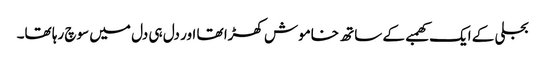
بجلی کے ایک کھمبے کے ساتھ خاموش کھڑا تھا اور دل ہی دل میں سوچ رہا تھا۔